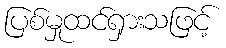
ပြစ်မှုထင်ရှားသဖြင့်